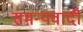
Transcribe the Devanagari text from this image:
समन्यवादी